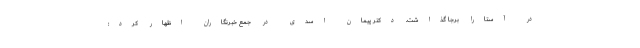
در آستارا برجا گذاشت. دکتر پیمان اسدی در جمع خبرنگاران اظهار کرد: